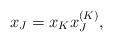
LaTeX: \begin{align*} x_J = x_K x_J^{(K)}\text,\end{align*}